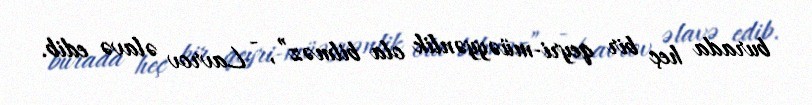
burada heç bir qeyri-müəyyənlik ola bilməz”, - Lavrov əlavə edib.